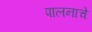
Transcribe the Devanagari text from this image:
पालनाचे